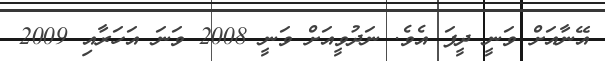
އޭނާއަށް ވަނީ ދީފަ އެވެ. ނަދުވީއަށް ވަނީ 2008 ވަނަ އަހަރާއި 2009